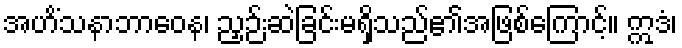
အဟိံသနာဘာဝေန၊ ညှဉ်းဆဲခြင်းမရှိသည်၏အဖြစ်ကြောင့်။ ဣဒံ၊